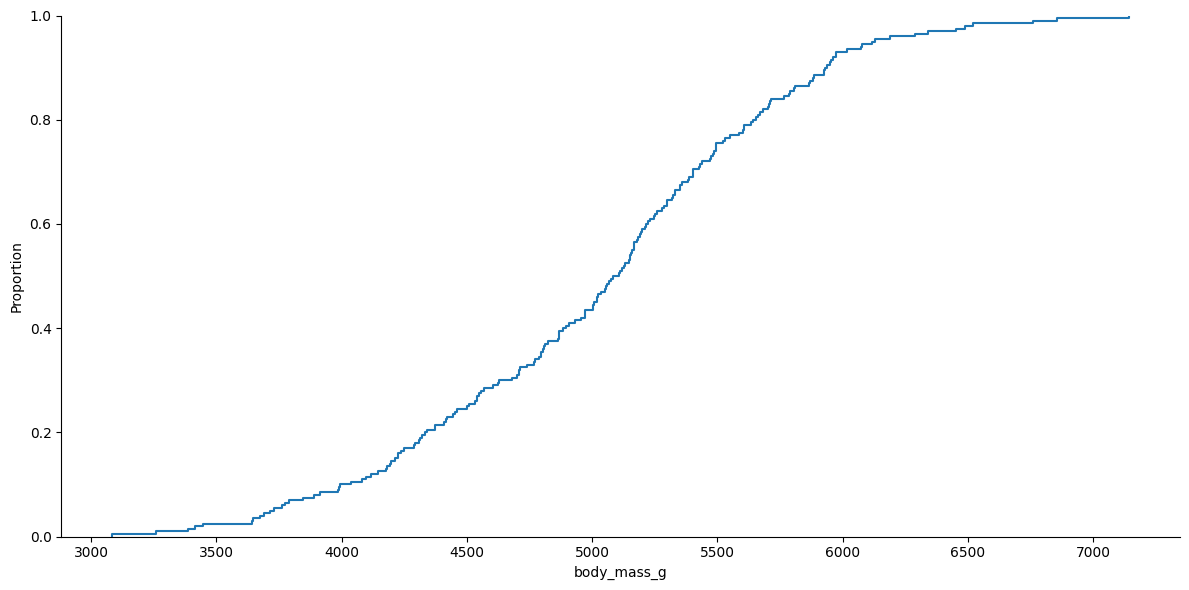
python, seaborn, displot, kind='ecdf', column='body_mass_g', hue='all', height=6, aspect=2.0